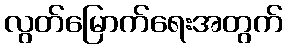
လွတ်မြောက်ရေးအတွက်